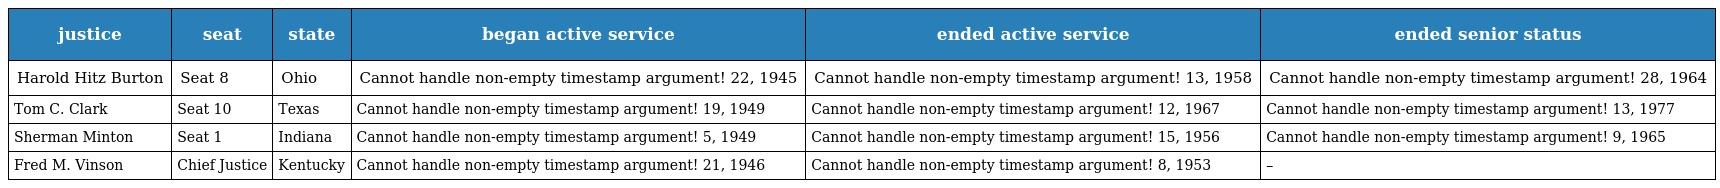
| justice | seat | state | began active service | ended active service | ended senior status |
 | --- | --- | --- | --- | --- | --- |
 | Harold Hitz Burton | Seat 8 | Ohio | Cannot handle non-empty timestamp argument! 22, 1945 | Cannot handle non-empty timestamp argument! 13, 1958 | Cannot handle non-empty timestamp argument! 28, 1964 |
 | Tom C. Clark | Seat 10 | Texas | Cannot handle non-empty timestamp argument! 19, 1949 | Cannot handle non-empty timestamp argument! 12, 1967 | Cannot handle non-empty timestamp argument! 13, 1977 |
 | Sherman Minton | Seat 1 | Indiana | Cannot handle non-empty timestamp argument! 5, 1949 | Cannot handle non-empty timestamp argument! 15, 1956 | Cannot handle non-empty timestamp argument! 9, 1965 |
 | Fred M. Vinson | Chief Justice | Kentucky | Cannot handle non-empty timestamp argument! 21, 1946 | Cannot handle non-empty timestamp argument! 8, 1953 | – |